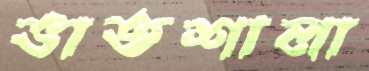
ভাতশালা